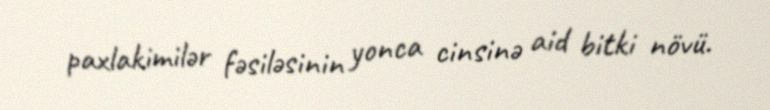
paxlakimilər fəsiləsinin yonca cinsinə aid bitki növü.